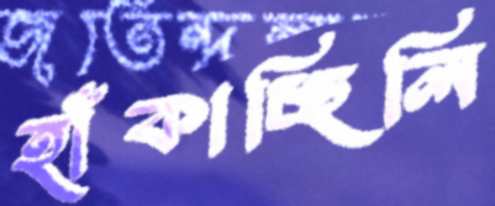
হাঁকাচ্ছিলি